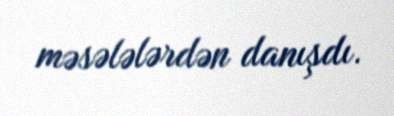
məsələlərdən danışdı.